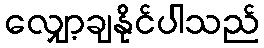
လျှော့ချနိုင်ပါသည်